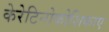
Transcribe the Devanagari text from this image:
केरेटिनोकोशिकाएं